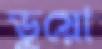
ডুয়ো